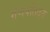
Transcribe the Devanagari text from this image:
गणपतिदेव